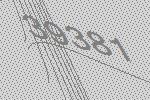
39381